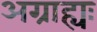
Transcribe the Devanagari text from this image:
अग्राह्यः